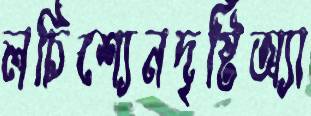
লচিশ্যেনদৃষ্টিঅ্যা